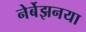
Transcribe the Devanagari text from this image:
नेर्बेझनया